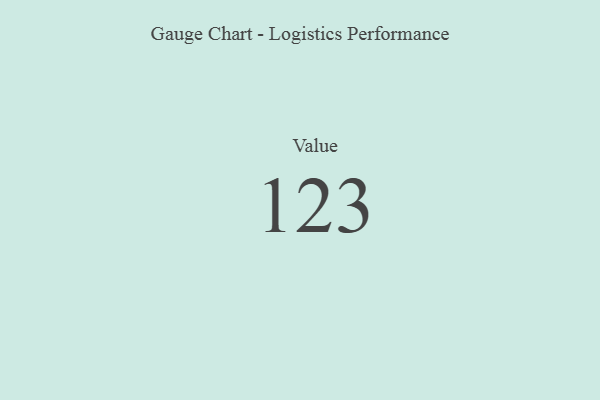
{"axis": {"x": "Metric", "y": "Value"}, "legend": [""], "data": [{"x": "Value", "y": 123, "type": ""}]}